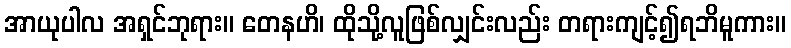
အာယုပါလ အရှင်ဘုရား။ တေနဟိ၊ ထိုသို့လူဖြစ်လျှင်းလည်း တရားကျင့်၍ရဘိမူကား။